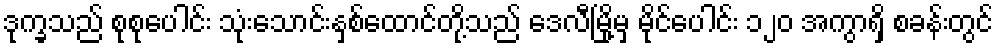
ဒုက္ခသည် စုစုပေါင်း သုံးသောင်းနှစ်ထောင်တို့သည် ဒေလီမြို့မှ မိုင်ပေါင်း ၁၂၀ အကွာရှိ စခန်းတွင်